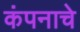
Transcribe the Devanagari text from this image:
कंपनाचे